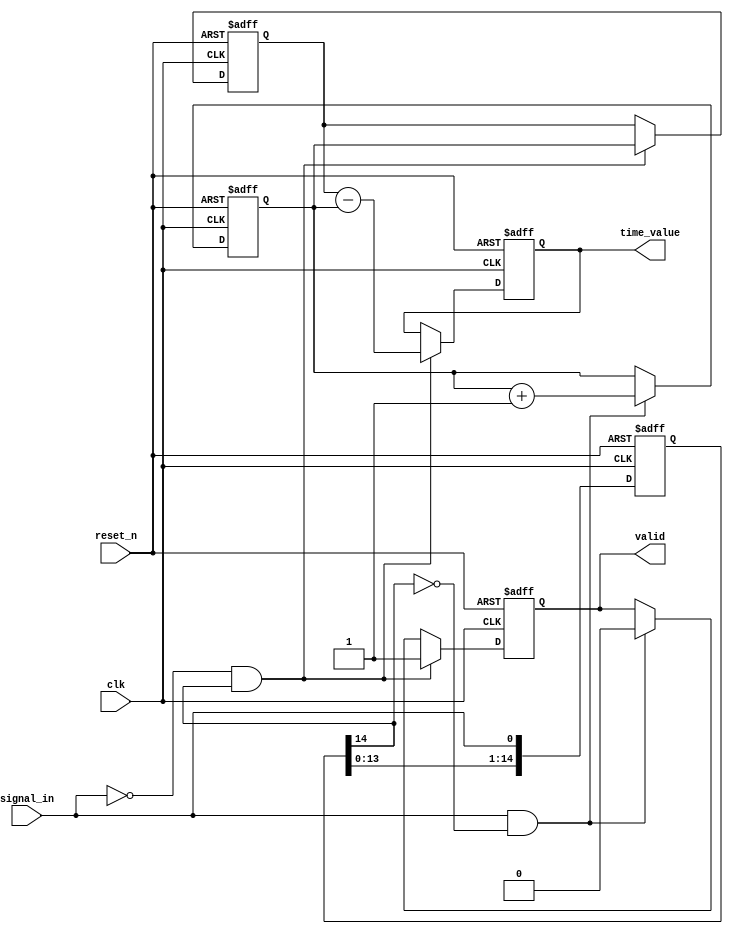
module TDC (
    input wire clk,               // Clock input
    input wire reset_n,           // Active low reset
    input wire signal_in,         // Input signal to measure
    output reg [15:0] time_value, // Measured time interval output
    output reg valid              // Output valid signal
);

    // Parameters for delay line
    parameter DELAY_COUNT = 16;   // Number of delay elements
    parameter COUNTER_WIDTH = 16;  // Width of the counter

    // Internal signals
    reg [COUNTER_WIDTH-1:0] start_count; // Start count
    reg [COUNTER_WIDTH-1:0] stop_count;  // Stop count
    reg [DELAY_COUNT-1:0] delay_line;     // Delay line
    reg [DELAY_COUNT-1:0] edge_detected;  // Edge detection register
    reg measuring;                       // Flag to indicate measuring state

    // Edge detection using a simple register
    always @(posedge clk or negedge reset_n) begin
        if (!reset_n) begin
            edge_detected <= 0;
        end else begin
            edge_detected <= {edge_detected[DELAY_COUNT-2:0], signal_in}; // Shift register for edge detection
        end
    end

    // Measuring logic
    always @(posedge clk or negedge reset_n) begin
        if (!reset_n) begin
            start_count <= 0;
            stop_count <= 0;
            measuring <= 0;
            valid <= 0;
            time_value <= 0;
        end else begin
            // Start measurement on rising edge
            if (signal_in && !edge_detected[DELAY_COUNT-2]) begin
                start_count <= start_count + 1;
                measuring <= 1;
                valid <= 0; // Reset valid until measurement is done
            end

            // Stop measurement on falling edge
            if (!signal_in && edge_detected[DELAY_COUNT-2]) begin
                stop_count <= start_count; // Capture the start count
                time_value <= stop_count - start_count; // Calculate time interval
                valid <= 1; // Indicate valid output
                measuring <= 0; // Reset measuring state
            end

            // Store delay line values
            if (measuring) begin
                delay_line <= {delay_line[DELAY_COUNT-2:0], 1'b1}; // Shift in 1's while measuring
            end else begin
                delay_line <= 0; // Reset delay line when not measuring
            end
        end
    end
endmodule